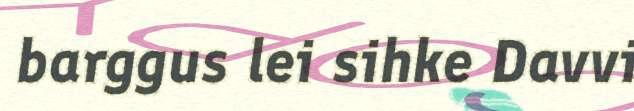
barggus lei sihke Davvi